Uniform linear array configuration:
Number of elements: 24
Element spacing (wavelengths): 0.75
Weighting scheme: blackman
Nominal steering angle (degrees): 15
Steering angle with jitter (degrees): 14.635
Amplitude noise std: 0.05
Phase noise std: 0.05

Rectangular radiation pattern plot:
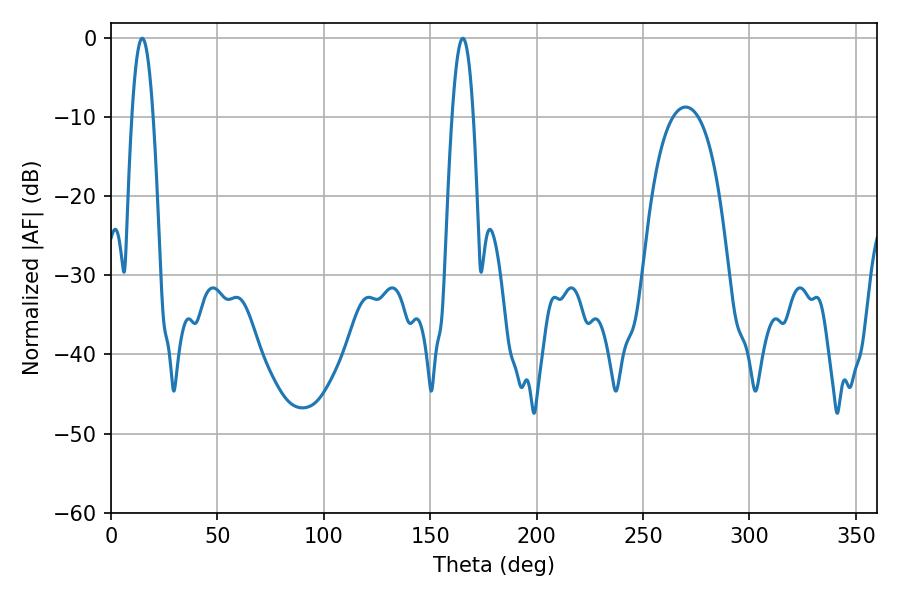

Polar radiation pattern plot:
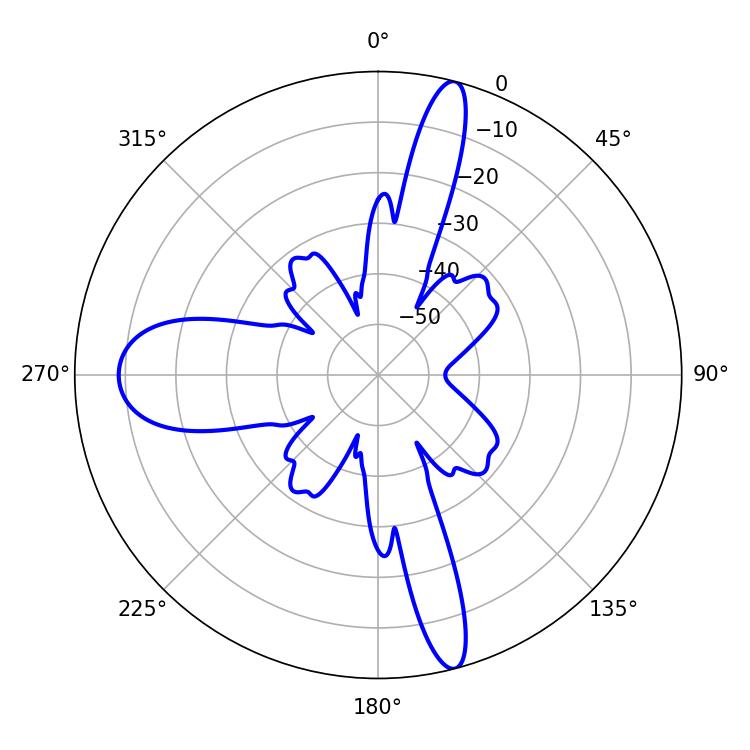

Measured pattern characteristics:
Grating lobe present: TRUE
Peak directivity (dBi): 23.042
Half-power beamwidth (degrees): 5.4
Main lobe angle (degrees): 14.76